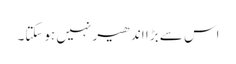
اس سے بڑا اندھیر نہیں ہوسکتا۔